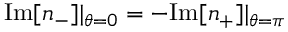
\mathrm { I m } [ n _ { - } ] | _ { \theta = 0 } = - \mathrm { I m } [ n _ { + } ] | _ { \theta = \pi }